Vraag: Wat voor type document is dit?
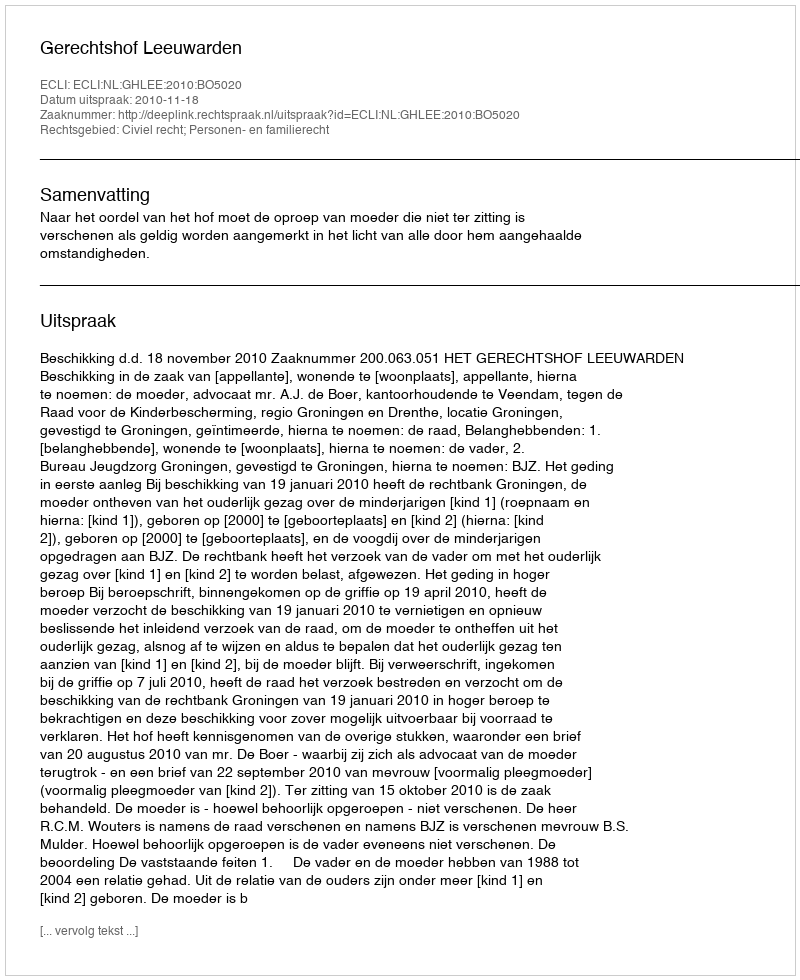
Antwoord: Uitspraak